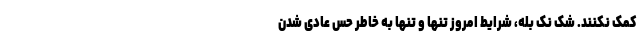
کمک نکنند. شک نک بله، شرایط امروز تنها و تنها به خاطر حس عادی شدن